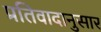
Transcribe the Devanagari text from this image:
प्रतिवादानुसार